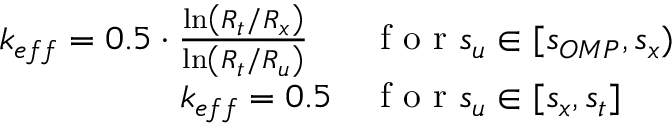
\begin{array} { r l } { k _ { e f f } = 0 . 5 \cdot \frac { \ln \left( R _ { t } / R _ { x } \right) } { \ln \left( R _ { t } / R _ { u } \right) } ~ ~ } & { { } \mathrm { ~ f ~ o ~ r ~ } s _ { u } \in [ s _ { O M P } , s _ { x } ) } \\ { k _ { e f f } = 0 . 5 } & { { } \mathrm { ~ f ~ o ~ r ~ } s _ { u } \in [ s _ { x } , s _ { t } ] } \end{array}